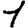
Digit: 1